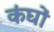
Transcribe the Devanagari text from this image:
कंघों